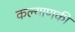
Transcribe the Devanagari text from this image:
कल्याणकी